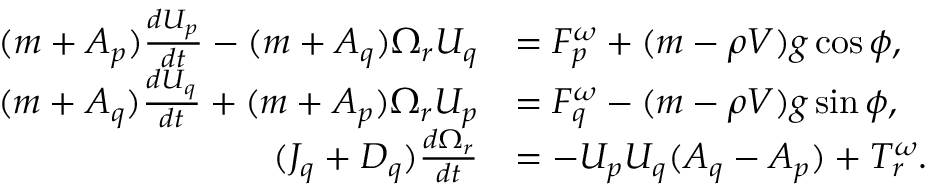
\begin{array} { r l } { ( m + A _ { p } ) \frac { d U _ { p } } { d t } - ( m + A _ { q } ) \Omega _ { r } U _ { q } } & { = F _ { p } ^ { \omega } + ( m - \rho V ) g \cos \phi , } \\ { ( m + A _ { q } ) \frac { d U _ { q } } { d t } + ( m + A _ { p } ) \Omega _ { r } U _ { p } } & { = F _ { q } ^ { \omega } - ( m - \rho V ) g \sin \phi , } \\ { ( J _ { q } + D _ { q } ) \frac { d \Omega _ { r } } { d t } } & { = - U _ { p } U _ { q } ( A _ { q } - A _ { p } ) + T _ { r } ^ { \omega } . } \end{array}